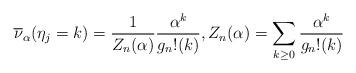
LaTeX: \begin{align*}\overline{\nu}_\alpha (\eta_j = k ) = \frac{1}{ Z_n(\alpha) } \frac{ \alpha^k }{ g_n!(k )} , Z_n (\alpha) = \sum_{ k \ge 0 } \frac{ \alpha^k }{ g_n!(k) } \end{align*}